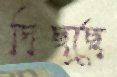
দিছ্ছে